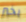
بخير